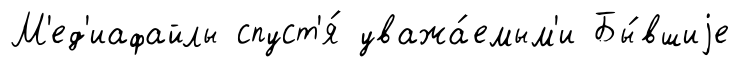
М'ед'иафайлы спуст'я́ уважа́емым'и Бы́вшиjе